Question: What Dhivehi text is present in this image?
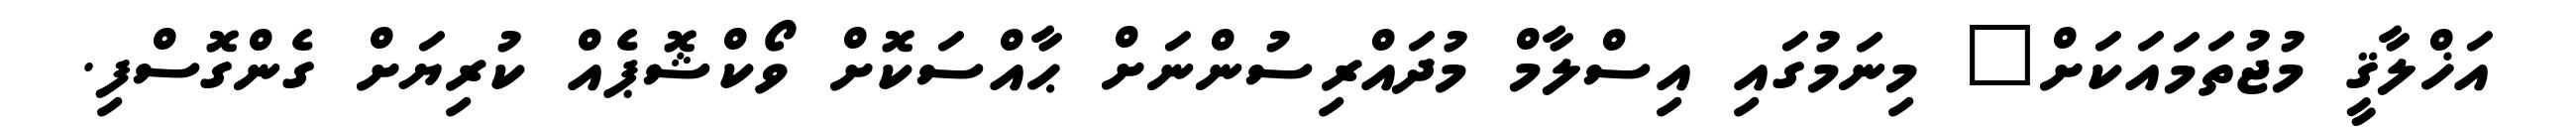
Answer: އަޚްލާޤީ މުޖުތަމައަކަށް" މިނަމުގައި އިސްލާމް މުދައްރިސުންނަށް ޙާއްސަކޮށް ވޯކްޝޮޕެއް ކުރިޔަށް ގެންގޮސްފި.